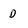
Character: D